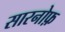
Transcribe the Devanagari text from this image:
सारनोफ़